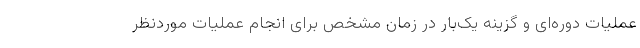
عملیات دوره‌ای و گزینه یک‌بار در زمان مشخص برای انجام عملیات موردنظر